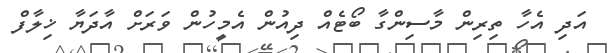
އަދި އެހާ ތިރިން މާސިންގާ ބޯޓެއް ދިއުން އެމީހުން ވަރަށް އާދަޔާ ޚިލާފް